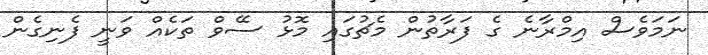
ނަމަވެސް އިމްރާނެ ގެ ފަރާތުން މެޗުގައި މޮޅު ސޭވް ތަކެއް ވަނީ ފެނިގެން